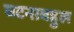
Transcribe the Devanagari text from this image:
घटनाबहुल